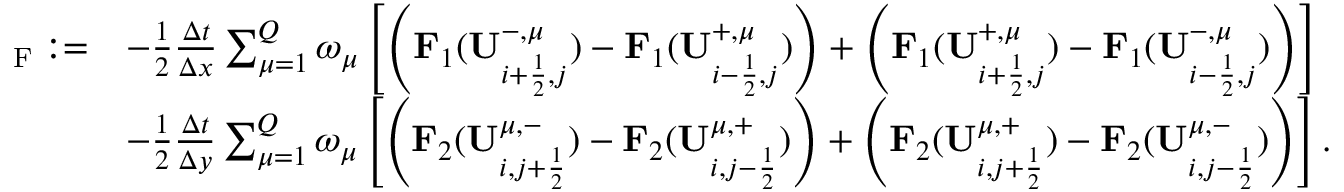
\begin{array} { r l } { { \bf \Pi } _ { \mathrm { { { F } } } } : = } & { - \frac { 1 } { 2 } \frac { \Delta t } { \Delta x } \sum _ { \mu = 1 } ^ { Q } \omega _ { \mu } \left[ \left( \mathbf { F } _ { 1 } ( \mathbf { U } _ { i + \frac { 1 } { 2 } , j } ^ { - , \mu } ) - \mathbf { F } _ { 1 } ( \mathbf { U } _ { i - \frac { 1 } { 2 } , j } ^ { + , \mu } ) \right) + \left( \mathbf { F } _ { 1 } ( \mathbf { U } _ { i + \frac { 1 } { 2 } , j } ^ { + , \mu } ) - \mathbf { F } _ { 1 } ( \mathbf { U } _ { i - \frac { 1 } { 2 } , j } ^ { - , \mu } ) \right) \right] } \\ & { - \frac { 1 } { 2 } \frac { \Delta t } { \Delta y } \sum _ { \mu = 1 } ^ { Q } \omega _ { \mu } \left[ \left( \mathbf { F } _ { 2 } ( \mathbf { U } _ { i , j + \frac { 1 } { 2 } } ^ { \mu , - } ) - \mathbf { F } _ { 2 } ( \mathbf { U } _ { i , j - \frac { 1 } { 2 } } ^ { \mu , + } ) \right) + \left( \mathbf { F } _ { 2 } ( \mathbf { U } _ { i , j + \frac { 1 } { 2 } } ^ { \mu , + } ) - \mathbf { F } _ { 2 } ( \mathbf { U } _ { i , j - \frac { 1 } { 2 } } ^ { \mu , - } ) \right) \right] . } \end{array}